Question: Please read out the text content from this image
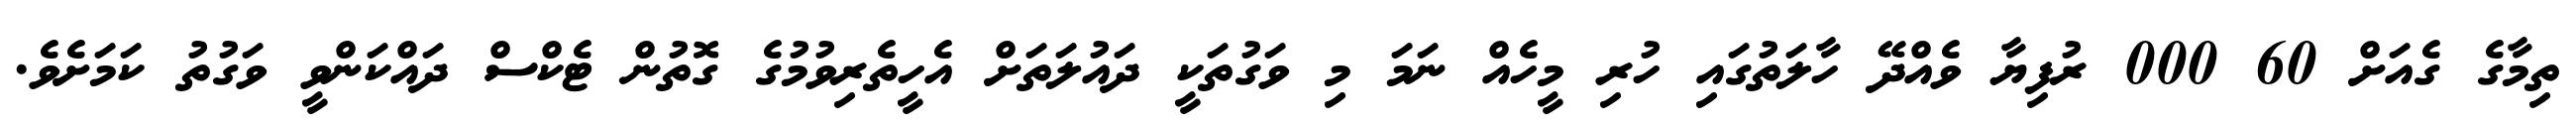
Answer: ތިމާގެ ގެއަށް 60 000 ރުފިޔާ ވެއްދޭ ހާލަތުގައި ހުރި މީހެއް ނަމަ މި ވަގުތަކީ ދައުލަތަށް އެހީތެރިވުމުގެ ގޮތުން ޓެކްސް ދައްކަންވީ ވަގުތު ކަމަށެވެ.